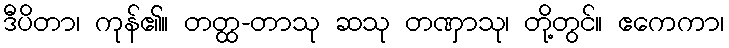
ဒီပိတာ၊ ကုန်၏။ တတ္ထ-တာသု ဆသု တဏှာသု၊ တို့တွင်။ ဧကေကာ၊